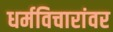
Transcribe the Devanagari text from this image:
धर्मविचारांवर